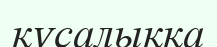
құсалыққа